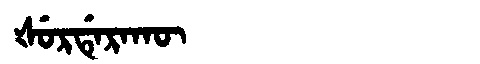
Manchu: ᡧᡠᡵᡩᡝᡵᠠᡴᡡ
Romanization: ŠURDERAKŪ